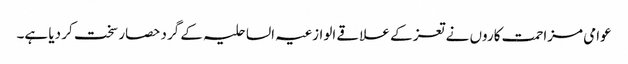
عوامی مزاحمت کاروں نے تعز کے علاقے الوازعیہ الساحلیہ کے گرد حصار سخت کر دیا ہے۔